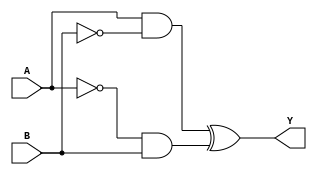
module xor_gate (
    input A,
    input B,
    output Y
);

wire gate1_out, gate2_out;

// Transmission gates
assign gate1_out = (A && !B);
assign gate2_out = (!A && B);

// XOR gate using transmission gates
assign Y = gate1_out ^ gate2_out;

endmodule